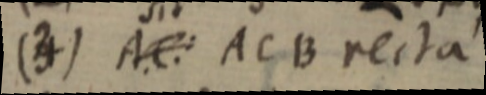
(3) AC: ACB recta